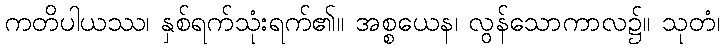
ကတိပါယဿ၊ နှစ်ရက်သုံးရက်၏။ အစ္စယေန၊ လွန်သောကာလ၌။ သုတံ၊